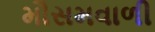
મૌસમવાળી